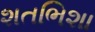
શતભિશા